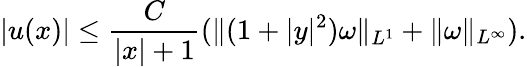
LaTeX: |u(x)|\leq\frac{C}{|x|+1}(\| (1+|y|^{2})\omega\| _{L^{1}}+\| \omega\| _{L^{\infty}}).